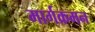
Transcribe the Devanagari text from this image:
मार्गक्रमन